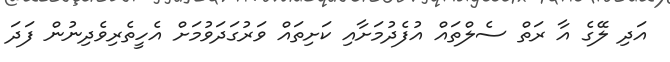
އަދި ލޭގެ އާ ރަތް ސެލްތައް އުފެދުމަށާއި ކަށިތައް ވަރުގަދަވުމަށް އެހީތެރިވެދިނުން ފަދަ